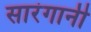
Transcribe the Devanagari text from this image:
सारंगानी